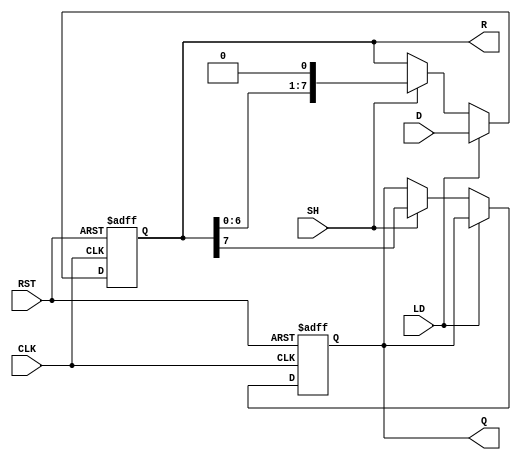
module PISO_Register (
    input wire [7:0] D,      // Parallel data input
    input wire LD,           // Load control signal
    input wire SH,           // Shift control signal
    input wire CLK,          // Clock signal
    input wire RST,          // Asynchronous reset signal
    output reg Q,            // Serial output
    output reg [7:0] R       // Register state output
);

    // Asynchronous reset and loading logic
    always @(posedge CLK or posedge RST) begin
        if (RST) begin
            R <= 8'b00000000; // Clear register on reset
            Q <= 1'b0;        // Clear serial output
        end else if (LD) begin
            R <= D;           // Load data into the register
        end else if (SH) begin
            Q <= R[7];        // Shift out the MSB to Q
            R <= {R[6:0], 1'b0}; // Shift register contents to the right
        end
    end

endmodule